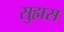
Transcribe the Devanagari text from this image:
सुह्मस